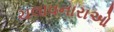
ચલાવનારાઓ